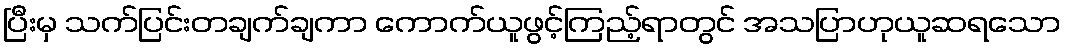
ပြီးမှ သက်ပြင်းတချက်ချကာ ကောက်ယူဖွင့်ကြည့်ရာတွင် အသပြာဟုယူဆရသော